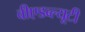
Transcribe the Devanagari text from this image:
वीएडब्ल्यूटी